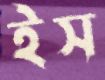
ইস